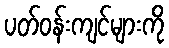
ပတ်ဝန်းကျင်များကို